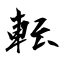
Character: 転